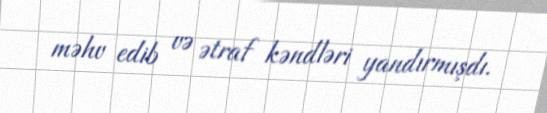
məhv edib və ətraf kəndləri yandırmışdı.